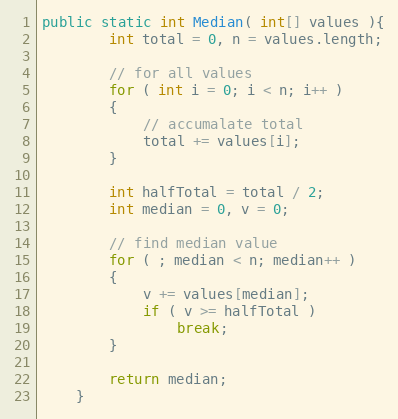
Language: Java
public static int Median( int[] values ){
        int total = 0, n = values.length;

        // for all values
        for ( int i = 0; i < n; i++ )
        {
            // accumalate total
            total += values[i];
        }

        int halfTotal = total / 2;
        int median = 0, v = 0;

        // find median value
        for ( ; median < n; median++ )
        {
            v += values[median];
            if ( v >= halfTotal )
                break;
        }

        return median;
    }